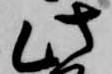
此